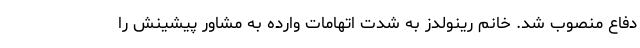
دفاع منصوب شد. خانم رینولدز به شدت اتهامات وارده به مشاور پیشینش را